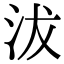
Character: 沷